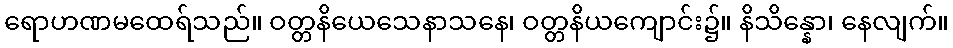
ရောဟဏမထေရ်သည်။ ဝတ္တနိယေသေနာသနေ၊ ဝတ္တနိယကျောင်း၌။ နိသိန္နော၊ နေလျက်။